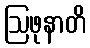
ဩဖုနာတိ